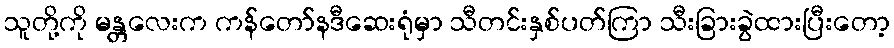
သူတို့ကို မန္တလေးက ကန်တော်နဒီဆေးရုံမှာ သီတင်းနှစ်ပတ်ကြာ သီးခြားခွဲထားပြီးတော့